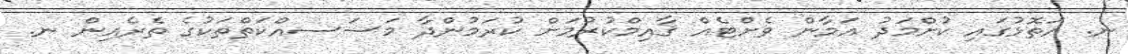
ނ. އަތޮޅުގައި ކުށްމަދު އަމާން ވެށްޓެއް ޤާއިމްކުރުމަށް ކުރަމުންދާ މަސަސއްކަތްތަކުގެ ތެރެއިން ނ.